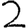
Digit: 2